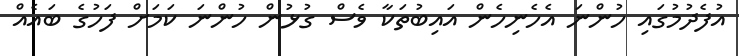
އުފެދުމުގައި ހުންނަ އެހެނިހެން އައިބުތަކާ ވެސް ގުޅުން ހުންނަ ކަމަށް ފަހުގެ ބައެއް